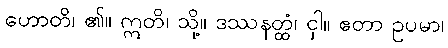
ဟောတိ၊ ၏။ ဣတိ၊ သို့။ ဒဿနတ္ထံ၊ ငှါ။ ဧတာ ဥပမာ၊